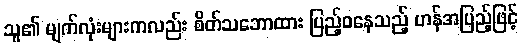
သူ၏ မျက်လုံးများကလည်း စိတ်သဘောထား ပြည့်ဝနေသည့် ဟန်အပြည့်ဖြင့်